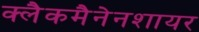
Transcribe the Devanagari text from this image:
क्लैकमैनेनशायर